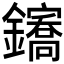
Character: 𲇪